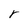
Character: r